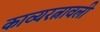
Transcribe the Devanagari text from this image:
काव्यरत्नावली